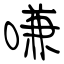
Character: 嗛